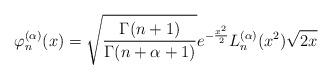
LaTeX: \begin{align*}\varphi_n^{(\alpha)}(x)=\sqrt{\frac{\Gamma(n+1)}{\Gamma(n+\alpha+1)}}e^{-\frac{x^2}{2}}L_n^{(\alpha)}(x^2)\sqrt{2x}\end{align*}